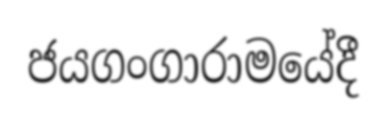
ජයගංගාරාමයේදී